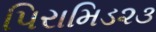
પિરામિડ૨૩